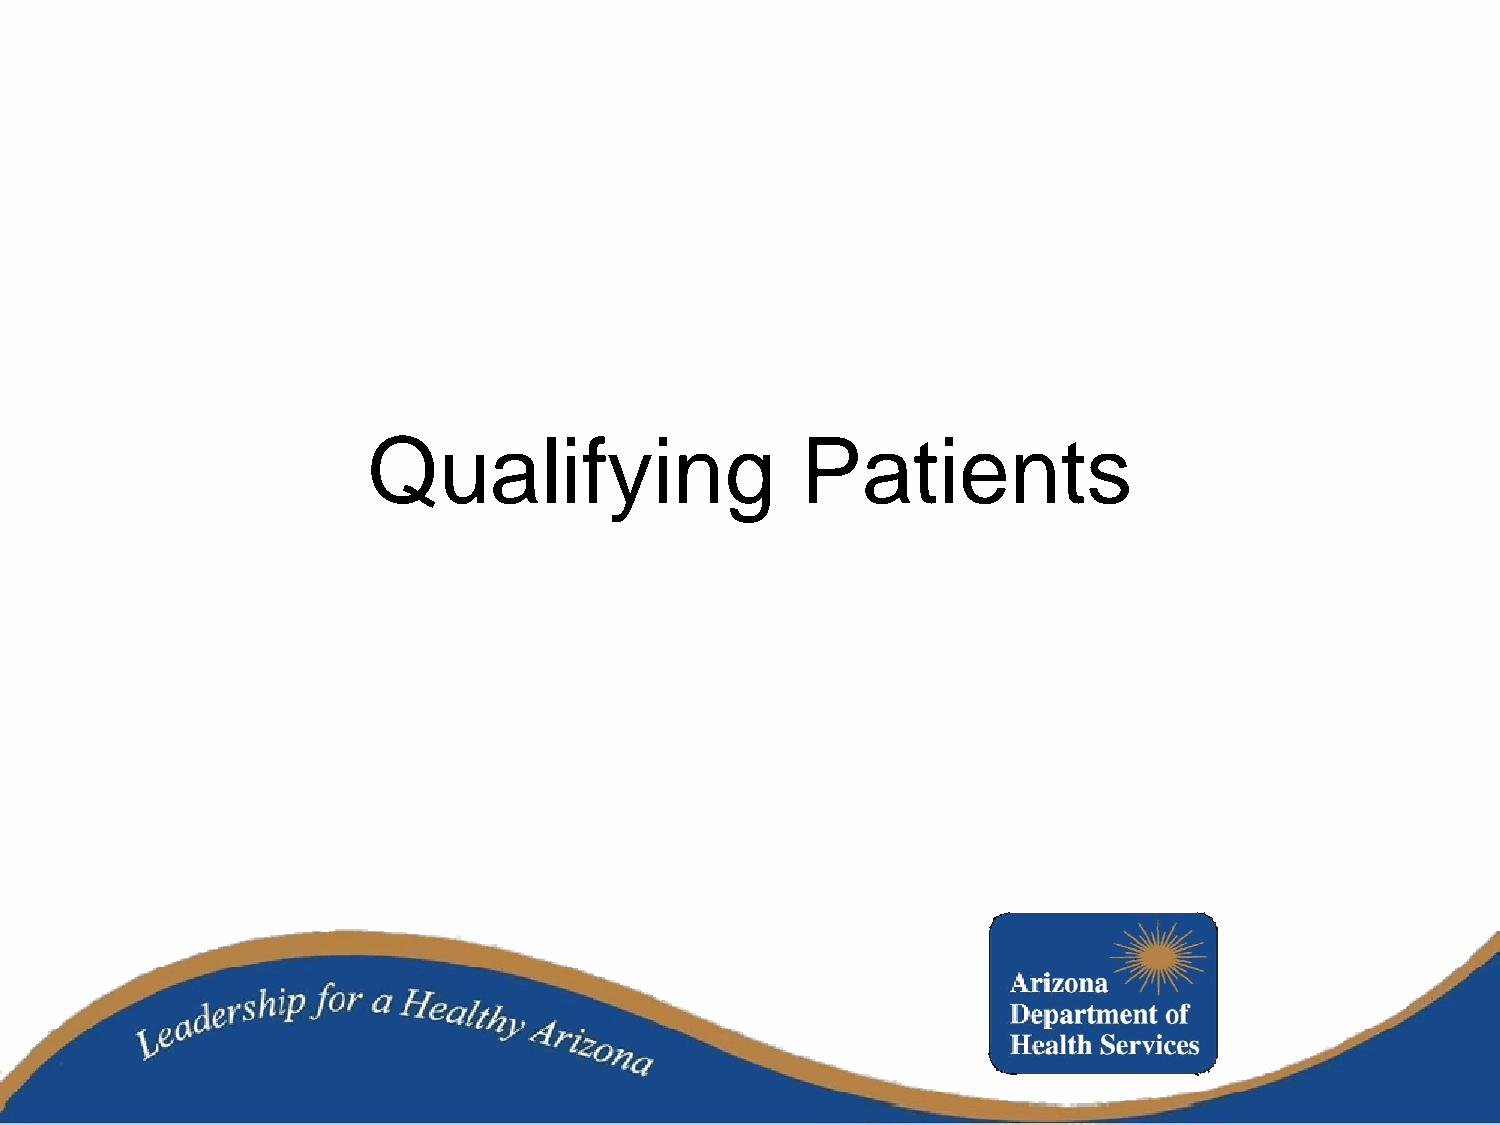
Qualifying                   Patients